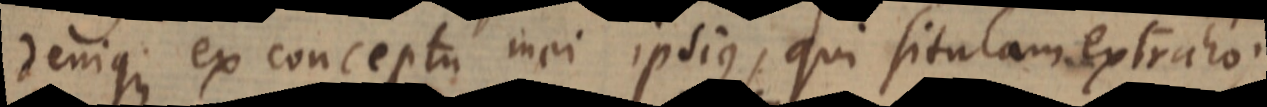
denique ex conceptu mei ipsius, qui situlam extraho;